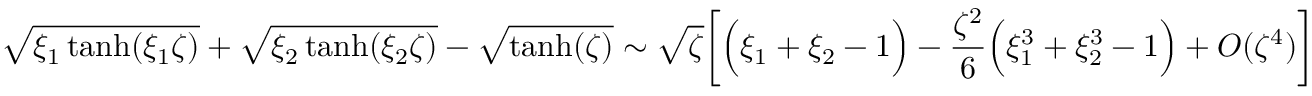
\sqrt { \xi _ { 1 } \operatorname { t a n h } ( \xi _ { 1 } \zeta ) } + \sqrt { \xi _ { 2 } \operatorname { t a n h } ( \xi _ { 2 } \zeta ) } - \sqrt { \operatorname { t a n h } ( \zeta ) } \sim \sqrt { \zeta } \bigg [ \Big ( \xi _ { 1 } + \xi _ { 2 } - 1 \Big ) - \frac { \zeta ^ { 2 } } { 6 } \Big ( \xi _ { 1 } ^ { 3 } + \xi _ { 2 } ^ { 3 } - 1 \Big ) + O ( \zeta ^ { 4 } ) \bigg ]